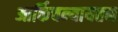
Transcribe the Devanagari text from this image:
आर्किचन्यायतन